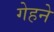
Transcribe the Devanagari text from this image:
गेहने